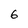
Character: 6